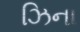
ઝિના